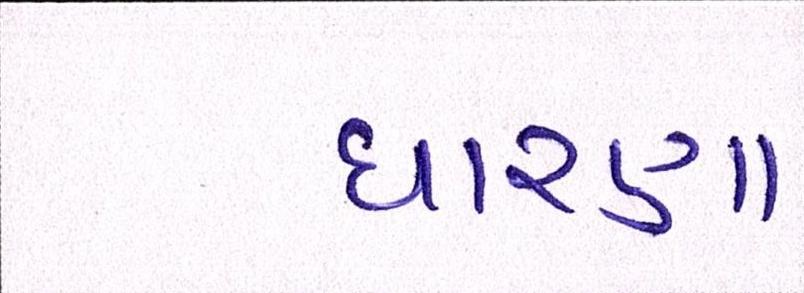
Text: ધારણા